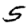
Digit: 5